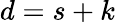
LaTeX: d=s+k